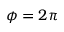
\phi = 2 \pi